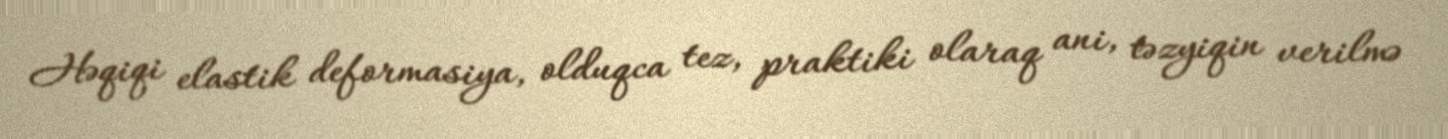
Həqiqi elastik deformasiya, olduqca tez, praktiki olaraq ani, təzyiqin verilmə